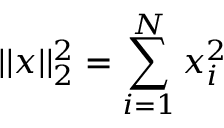
| | x | | _ { 2 } ^ { 2 } = \sum _ { i = 1 } ^ { N } x _ { i } ^ { 2 }